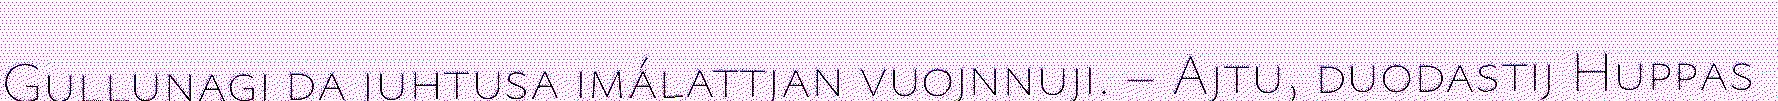
Gullunagi da juhtusa imálattjan vuojnnuji. – Ajtu, duodastij Huppas